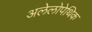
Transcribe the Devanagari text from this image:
अलेलोपेथिक